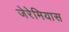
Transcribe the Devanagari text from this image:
जेरेमियास